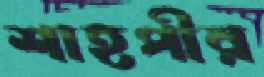
শাহপীর